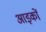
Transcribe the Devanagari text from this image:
आइकों